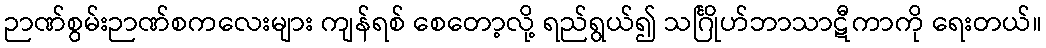
ဉာဏ်စွမ်းဉာဏ်စကလေးများ ကျန်ရစ် စေတော့လို့ ရည်ရွယ်၍ သင်္ဂြိုဟ်ဘာသာဋီကာကို ရေးတယ်။